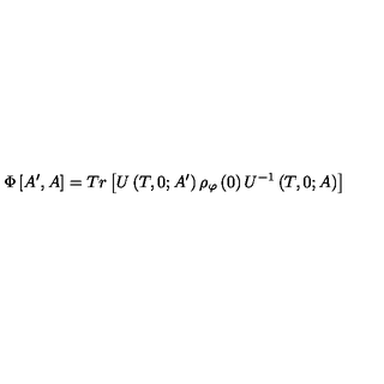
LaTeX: \Phi \left[ A ^ { \prime } , A \right] = T r \left[ U \left( T , 0 ; A ^ { \prime } \right) \rho _ { \varphi } \left( 0 \right) U ^ { - 1 } \left( T , 0 ; A \right) \right]